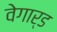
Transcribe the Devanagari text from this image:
वेगार्ड